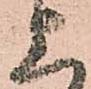
上